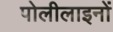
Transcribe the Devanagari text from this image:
पोलीलाइनों